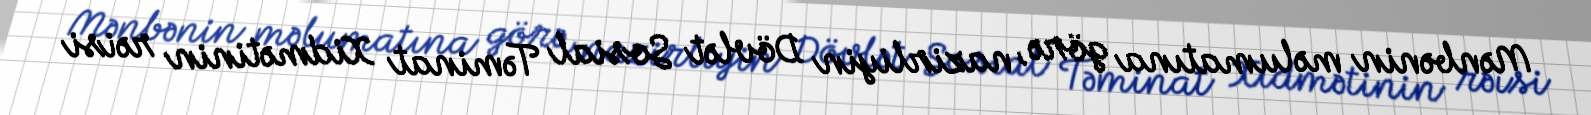
Mənbənin məlumatına görə, nazirliyin Dövlət Sosial Təminat Xidmətinin rəisi